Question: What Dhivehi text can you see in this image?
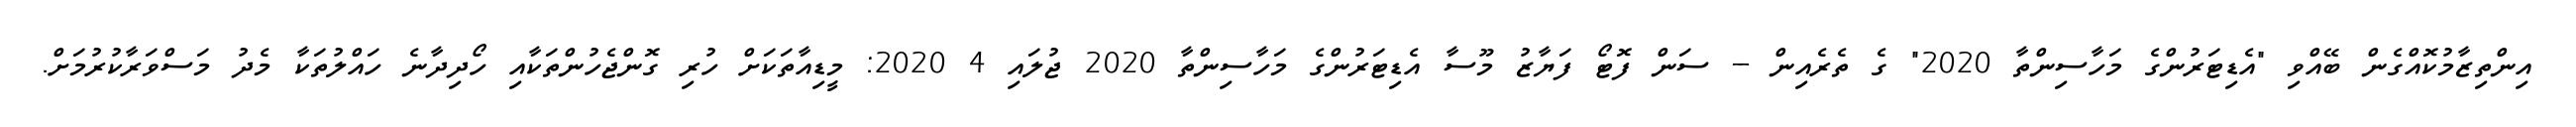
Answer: އިންތިޒާމުކޮއްގެން ބޭއްވި "އެޑިޓަރުންގެ މަހާސިންތާ 2020" ގެ ތެރެއިން -- ސަން ފޮޓޯ ފަޔާޒު މޫސާ އެޑިޓަރުންގެ މަހާސިންތާ 2020 ޖުލައި 4 2020: މީޑިއާތަކަށް ހުރި ގޮންޖެހުންތަކާއި ހޯދިދާނެ ހައްލުތަކާ މެދު މަސްވަރާކުރުމަށް.